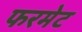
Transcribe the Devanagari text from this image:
फरमेट